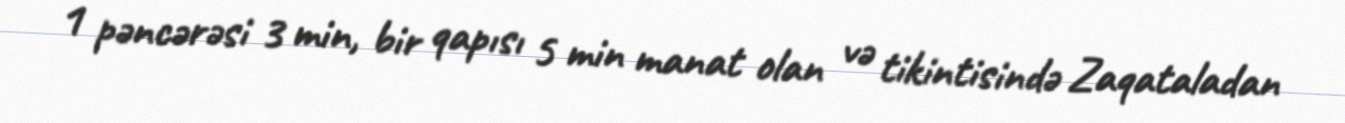
1 pəncərəsi 3 min, bir qapısı 5 min manat olan və tikintisində Zaqataladan